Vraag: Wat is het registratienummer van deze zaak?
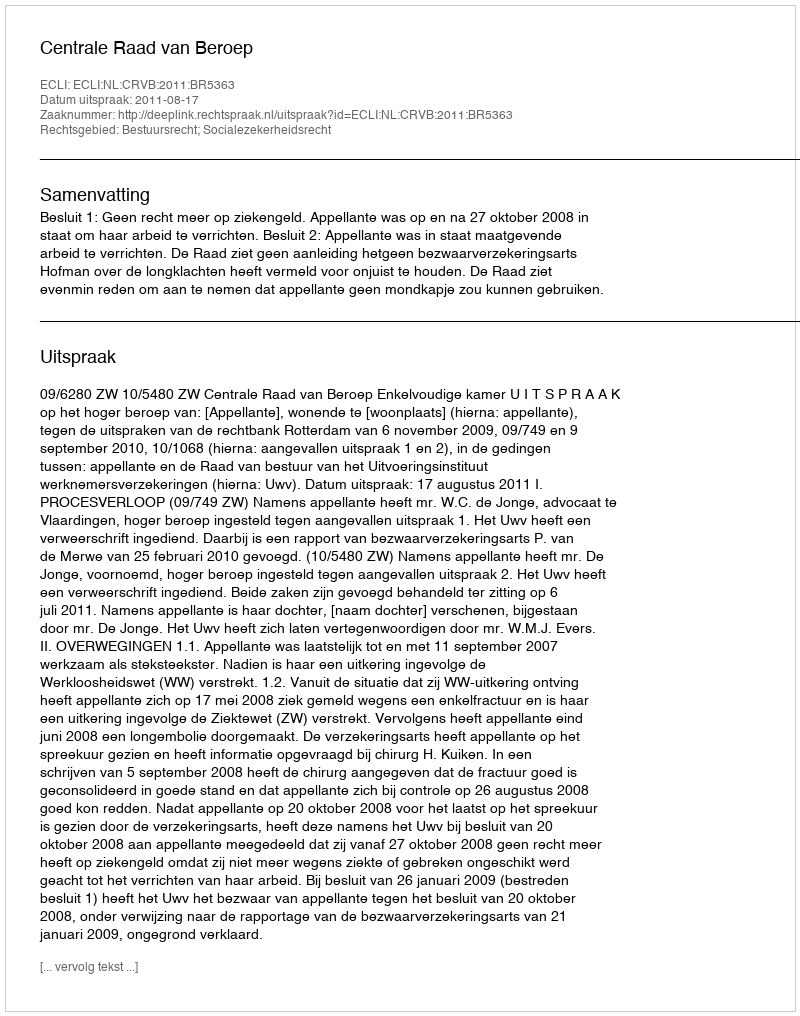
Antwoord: http://deeplink.rechtspraak.nl/uitspraak?id=ECLI:NL:CRVB:2011:BR5363